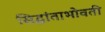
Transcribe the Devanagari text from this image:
सिद्धांताभोवती